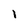
Character: i